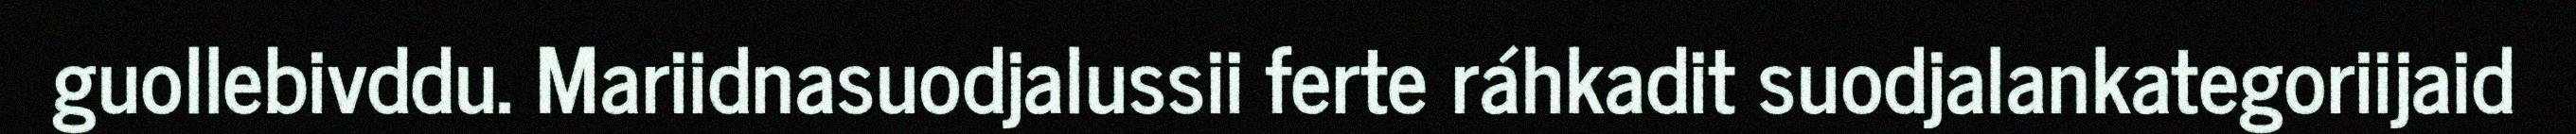
guollebivddu. Mariidnasuodjalussii ferte ráhkadit suodjalankategoriijaid